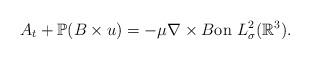
LaTeX: \begin{align*}A_t+\mathbb{P}(B\times u)=-\mu\nabla \times B\textrm{on}\ L^{2}_{\sigma}(\mathbb{R}^{3}).\end{align*}